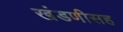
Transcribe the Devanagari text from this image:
खंडणीसह